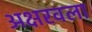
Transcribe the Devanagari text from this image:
अक्षरवला